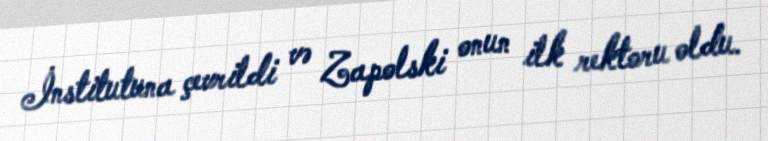
İnstitutuna çevrildi və Zapolski onun ilk rektoru oldu.